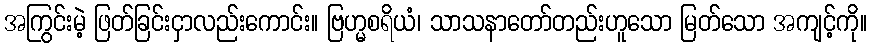
အကြွင်းမဲ့ ဖြတ်ခြင်းငှာလည်းကောင်း။ ဗြဟ္မစရိယံ၊ သာသနာတော်တည်းဟူသော မြတ်သော အကျင့်ကို။